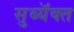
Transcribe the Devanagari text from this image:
सुब्यॅक्त